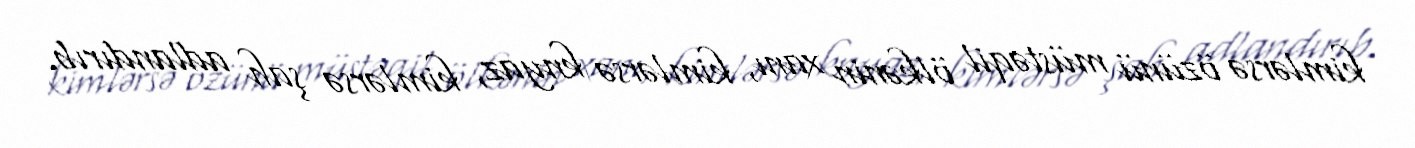
kimlərsə özünü müstəqil ölkənin xanı, kimlərsə knyaz, kimlərsə şah adlandırıb.